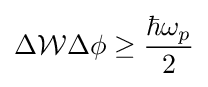
\Delta {\mathcal {W}}\Delta \phi \geq {\frac {\hbar \omega _{p}}{2}}